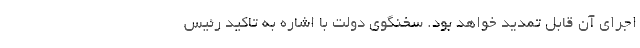
اجرای آن قابل تمدید خواهد بود. سخنگوی دولت با اشاره به تاکید رئیس